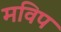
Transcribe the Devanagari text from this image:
मविप